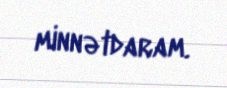
minnətdaram.